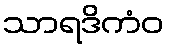
သာရဒိကံဝ